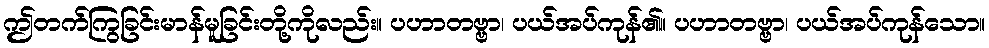
ဤတက်ကြွခြင်းမာန်မူခြင်းတို့ကိုလည်း။ ပဟာတဗ္ဗာ၊ ပယ်အပ်ကုန်၏။ ပဟာတဗ္ဗာ၊ ပယ်အပ်ကုန်သော။